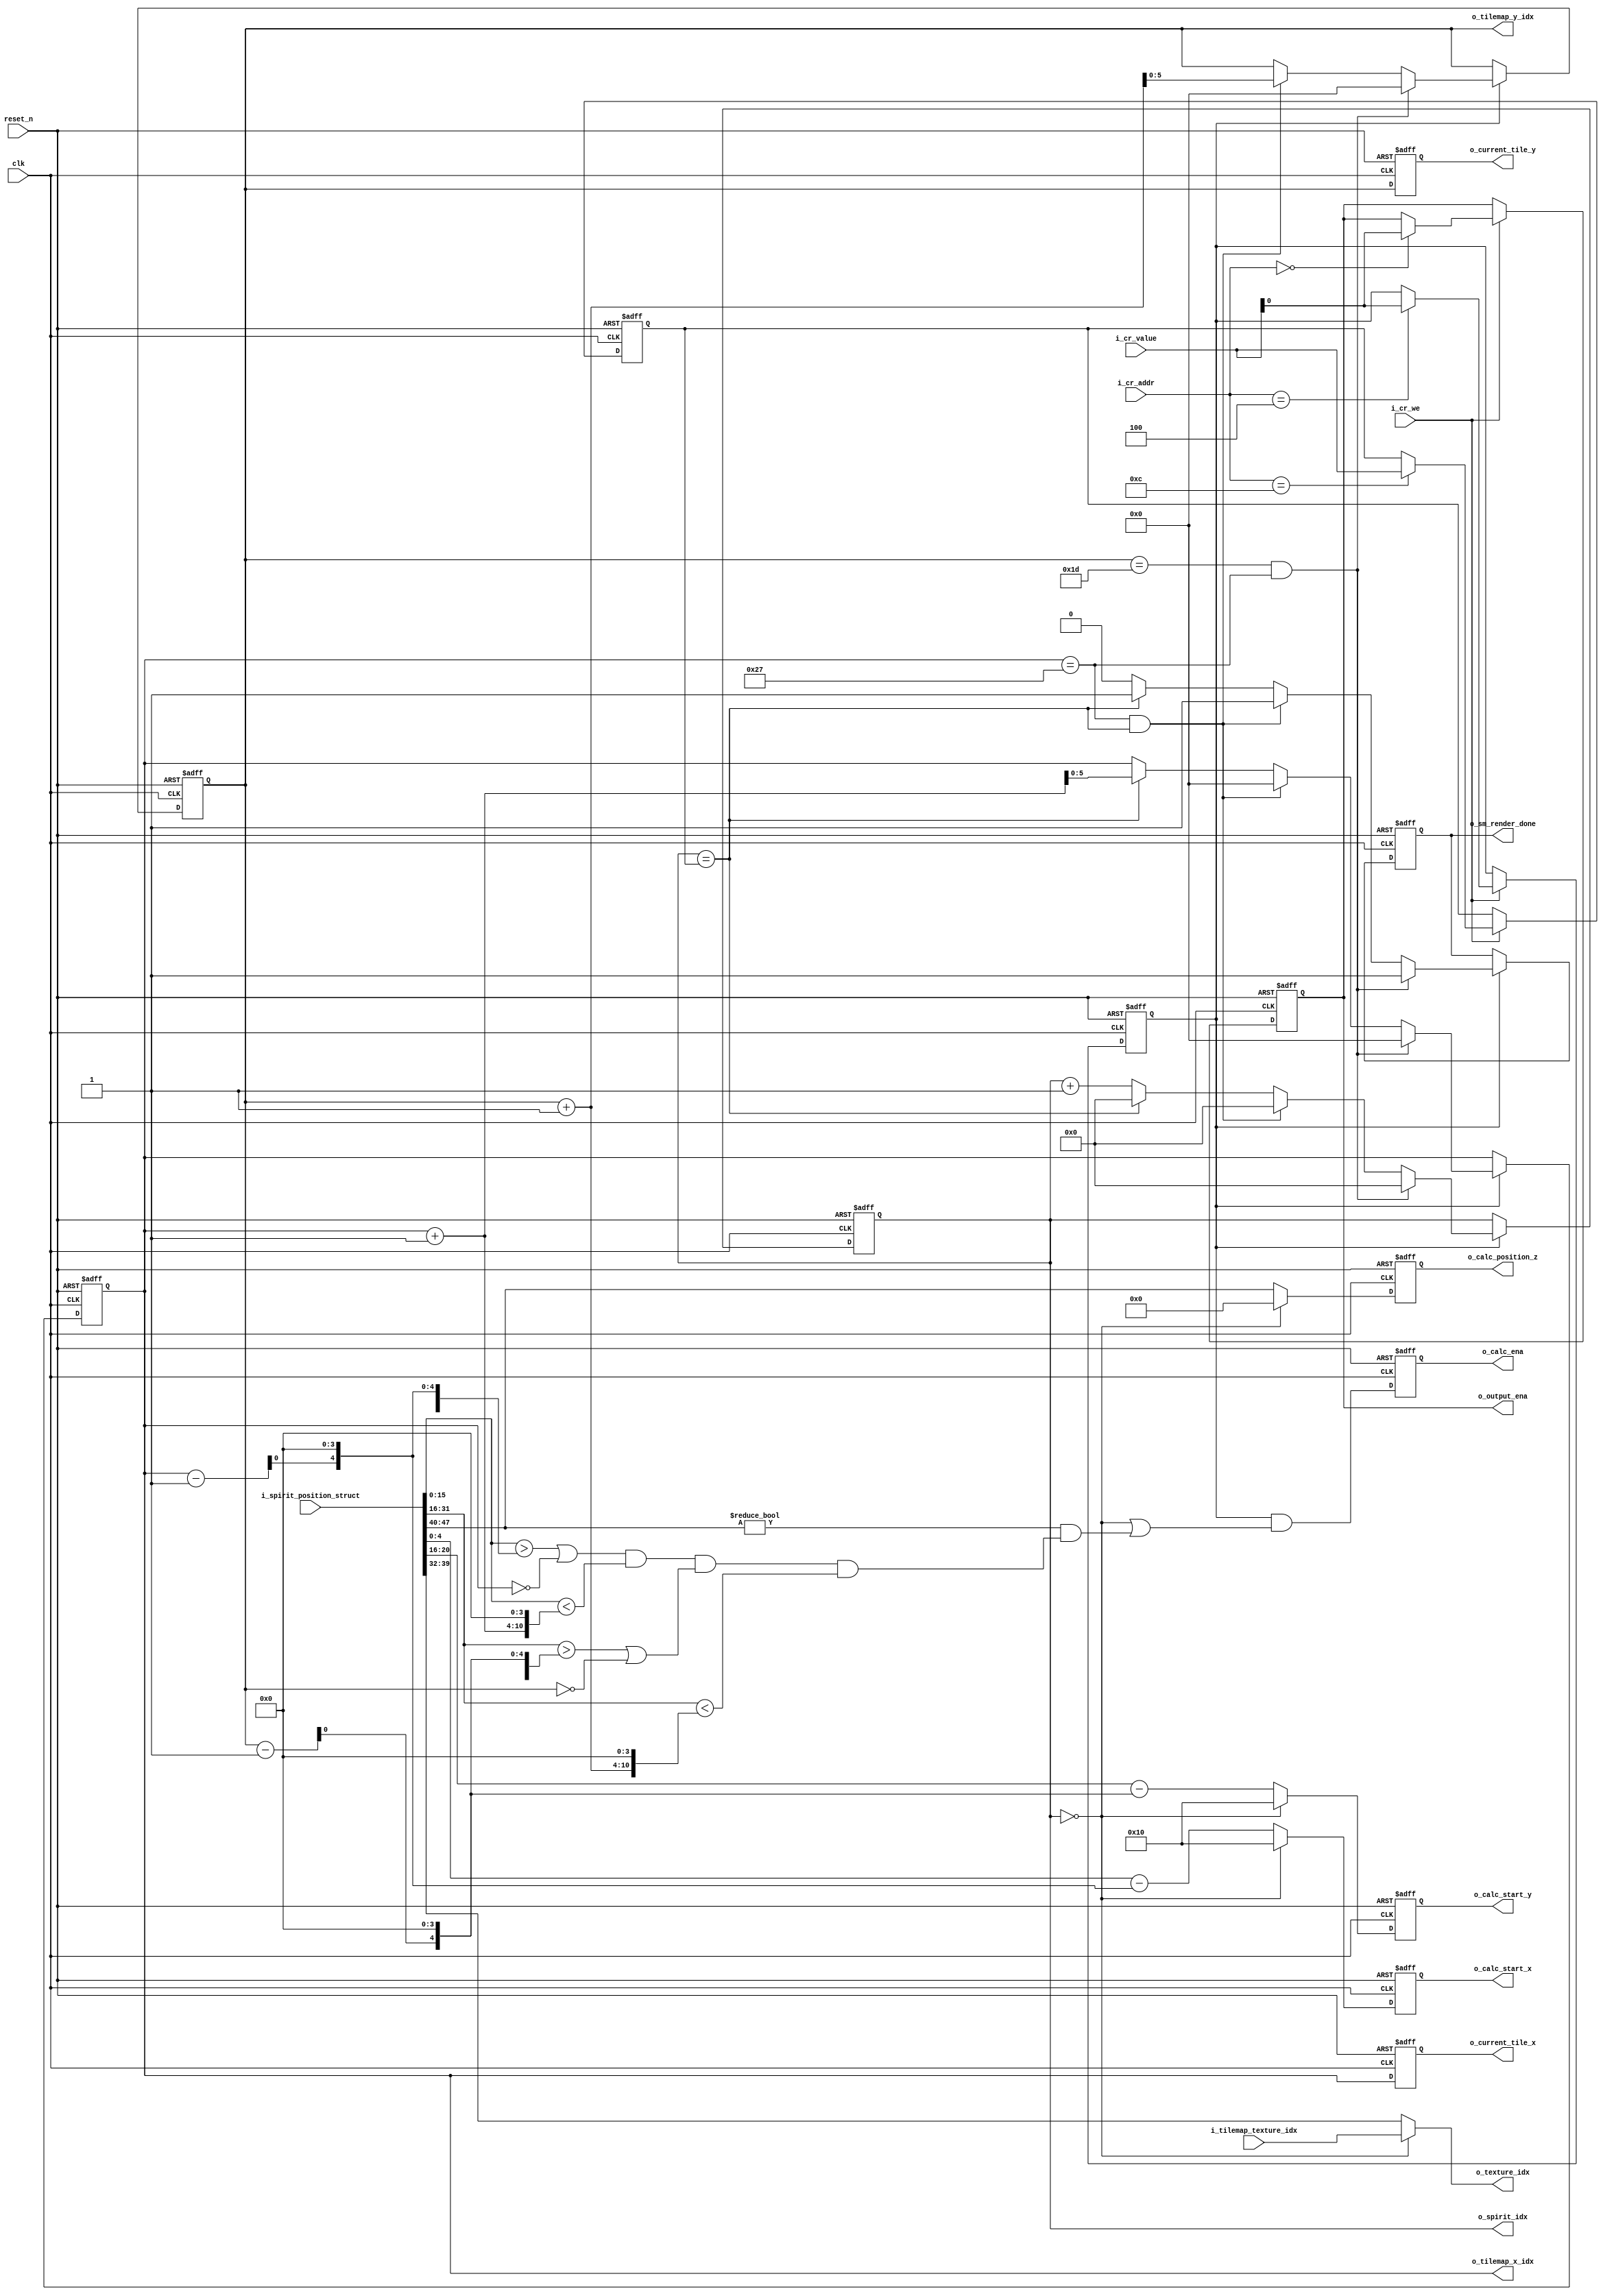
module GPUController (
    input wire clk,
    input wire reset_n,

    input wire i_cr_we,
    input wire[3:0] i_cr_addr,
    input wire[9:0] i_cr_value,

    // output wire o_texture_memory_ena,
    output wire[7:0] o_texture_idx,

    // output wire o_spirit_memory_ena,
    output wire[9:0] o_spirit_idx,
    input wire[63:0] i_spirit_position_struct,

    // output wire o_tilemap_memory_ena,
    output wire[5:0] o_tilemap_x_idx,
    output wire[5:0] o_tilemap_y_idx,
    input wire[7:0] i_tilemap_texture_idx,

    output reg o_calc_ena,
    output reg[4:0] o_calc_start_x,
    output reg[4:0] o_calc_start_y,
    output reg[7:0] o_calc_position_z,

    output wire o_output_ena,

    output reg [5:0] o_current_tile_x,
    output reg [5:0] o_current_tile_y,
    output wire o_sm_render_done
);
    reg output_ena_reg;
    reg render_ena_reg;
    reg mode_reg;
    reg[9:0] spirit_cnt_reg;

    assign o_output_ena = output_ena_reg;

    always @(posedge clk or negedge reset_n) begin
        if (!reset_n) begin
            output_ena_reg <= 0;
            render_ena_reg <= 0;
            mode_reg <= 1;
            spirit_cnt_reg <= 0;
        end
        else if (i_cr_we) begin
            case (i_cr_addr)
                4'h0: 
                begin
                    output_ena_reg <= i_cr_value[0];
                end

                4'h4:
                begin
                    render_ena_reg <= i_cr_value[0];
                end

                4'h8:
                begin
                    mode_reg <= i_cr_value[0];
                end

                4'hc:
                begin
                    spirit_cnt_reg <= i_cr_value;
                end
            endcase
        end
    end

    reg[5:0] current_tile_x;
    reg[5:0] current_tile_y;
    reg[9:0] spirit_idx;

    reg[7:0] frame_cnt;

    wire spirit_in_block;




    wire[15:0] spirit_position_x = i_spirit_position_struct[15:0];
    wire[15:0] spirit_position_y = i_spirit_position_struct[31:16];

    assign spirit_in_block =    ((spirit_position_x > {current_tile_x - 1, 4'h0}) || current_tile_x == 0) &
                                (spirit_position_x < {current_tile_x + 1, 4'h0}) &
                                ((spirit_position_y > {current_tile_y - 1, 4'h0}) || current_tile_y == 0) &
                                (spirit_position_y < {current_tile_y + 1, 4'h0});


    assign o_texture_idx = (spirit_idx == 0) ? i_tilemap_texture_idx : i_spirit_position_struct[39:32];


    assign o_spirit_idx = spirit_idx;

    assign o_tilemap_x_idx = current_tile_x;
    assign o_tilemap_y_idx = current_tile_y;

    reg sm_render_done;
    assign o_sm_render_done = sm_render_done;

    always @(posedge clk or negedge reset_n) begin
        if (!reset_n) begin
            current_tile_x <= 0;
            current_tile_y <= 0;
            spirit_idx <= 0;
            frame_cnt <= 0;
            sm_render_done <= 0;
            // o_texture_idx <= 0;
        end
        else if (render_ena_reg) begin
            if (current_tile_y == (480 / 16 - 1) && (current_tile_x == (640 / 16 - 1))) begin
                frame_cnt <= frame_cnt + 1;
                current_tile_y <= 0;
                current_tile_x <= 0;
                spirit_idx <= 0;
                sm_render_done <= 1;
            end
            else if (current_tile_x == (640 / 16 - 1) && (spirit_idx == spirit_cnt_reg)) begin
                current_tile_x <= 0;
                spirit_idx <= 0;
                current_tile_y <= current_tile_y + 1;
                sm_render_done <= 1;
            end
            else if (spirit_idx == spirit_cnt_reg) begin
                // 所有精灵图处理完成，接下来处理背景
                current_tile_x <= current_tile_x + 1;
                spirit_idx <= 0;
                sm_render_done <= 1;  // 此处render_done 指示的是上一个tile的render done
            end
            else begin
                spirit_idx <= spirit_idx + 1;
                sm_render_done <= 0;
            end
        end
    end

    always @(posedge clk or negedge reset_n) begin
        if (!reset_n) begin
            o_calc_position_z <= 0;
            o_calc_start_x <= 0;
            o_calc_start_y <= 0;
        end
        else if (spirit_idx == 0) begin
            // SM 将渲染背景
            o_calc_position_z <= 0;
            o_calc_start_x <= 5'b10000;
            o_calc_start_y <= 5'b10000;
        end
        else begin
            // SM 将渲染精灵
            o_calc_position_z <= i_spirit_position_struct[47:40];
            o_calc_start_x <= (spirit_position_x - {current_tile_x - 1, 4'h0});
            o_calc_start_y <= (spirit_position_y - {current_tile_y - 1, 4'h0});
        end
    end

    always @(posedge clk or negedge reset_n) begin
        if (!reset_n) begin
            o_calc_ena <= 0;
        end
        else begin
            // (spirit_idx == spirit_cnt_reg) 表示当前正在处理背景图
            // (i_spirit_position_struct[47:40] != 0 && spirit_in_block) 表示当前处理的精灵图有效且在目前渲染区域里有内容
            o_calc_ena <= render_ena_reg & ((spirit_idx == 0) | (i_spirit_position_struct[47:40] != 0 && spirit_in_block));
        end
    end

    always @(posedge clk or negedge reset_n) begin
        if (!reset_n) begin
            o_current_tile_x <= 0;
            o_current_tile_y <= 0;
        end
        else begin
            o_current_tile_x <= current_tile_x;
            o_current_tile_y <= current_tile_y;
        end
    end
endmodule